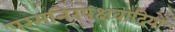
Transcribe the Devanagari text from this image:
परमनिरपेक्षवादियों